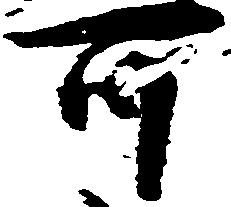
可